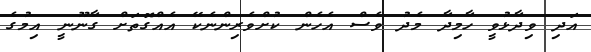
އަދި ވިދާޅުވީ ހާމިދާ މެދު ވެސް އެހެން ކުށްވެރިންނެކޭ އެއްގޮތަށް ގާނޫނީ އިމުގެ